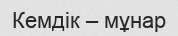
Кемдік – мұнар